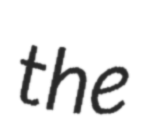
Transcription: the